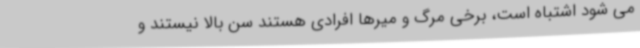
می شود اشتباه است، برخی مرگ و میرها افرادی هستند سن بالا نیستند و